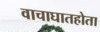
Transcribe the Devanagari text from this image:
वाचाघातहोता